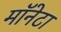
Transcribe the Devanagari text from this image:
मॉनेटा